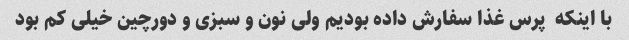
با اینکه  پرس غذا سفارش داده بودیم ولی نون و سبزی و دورچین خیلی کم بود